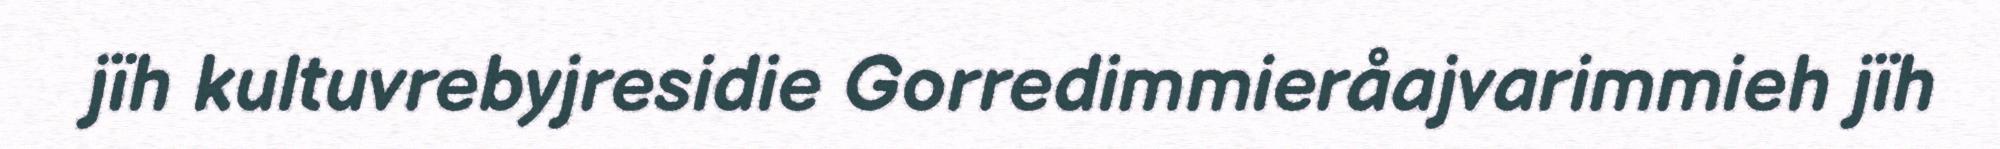
jïh kultuvrebyjresidie Gorredimmieråajvarimmieh jïh